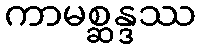
ကာမစ္ဆန္ဒဿ